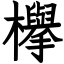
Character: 欅